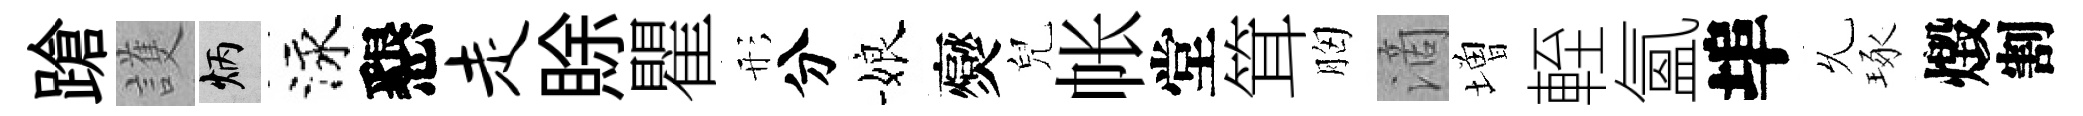
蹌護炳泳懇走賖瞿形分娘爕兒帐堂䇯胸滴増輊氳埠𠃔琢燬割